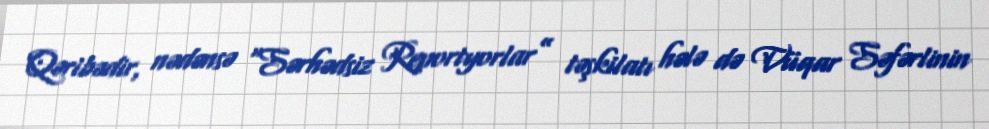
Qəribədir, nədənsə “Sərhədsiz Reportyorlar” təşkilatı hələ də Vüqar Səfərlinin